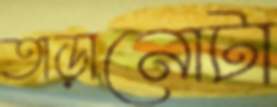
তাড়ানোটা